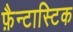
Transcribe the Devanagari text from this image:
फ़ैन्टास्टिक